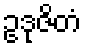
ဥဒုဇိတံ